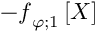
- \boldsymbol { \mathscr { f } } _ { \varphi ; 1 } \left[ X \right]